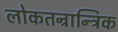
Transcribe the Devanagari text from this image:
लोकतन्रान्त्रिक